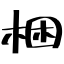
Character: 梱